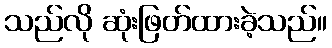
သည်လို ဆုံးဖြတ်ထားခဲ့သည်။